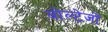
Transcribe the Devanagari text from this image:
वोल्टेजों